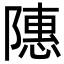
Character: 䧥